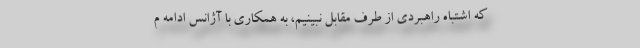
که اشتباه راهبردی از طرف مقابل نبینیم، به همکاری با آژانس ادامه م